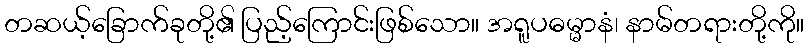
တဆယ့်ခြောက်ခုတို့၏ ပြည့်ကြောင်းဖြစ်သော။ အရူပဓမ္မာနံ၊ နာမ်တရားတို့ကို။